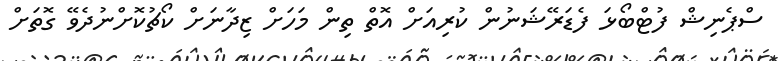
ސްޕެނިޝް ފުޓްބޯޅަ ފެޑަރޭޝަނުން ކުރިއަށް އޮތް ތިން މަހަށް ޒިދާނަށް ކޯޗުކޮށްނުދެވޭ ގޮތަށް